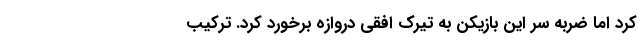
کرد اما ضربه سر این بازیکن به تیرک افقی دروازه برخورد کرد. ترکیب